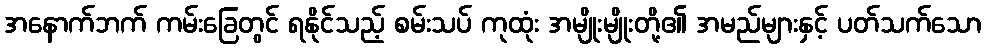
အနောက်ဘက် ကမ်းခြေတွင် ရနိုင်သည့် စမ်းသပ် ကုထုံး အမျိုးမျိုးတို့၏ အမည်များနှင့် ပတ်သက်သော